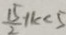
\frac { 1 5 } { 2 } + k < 5